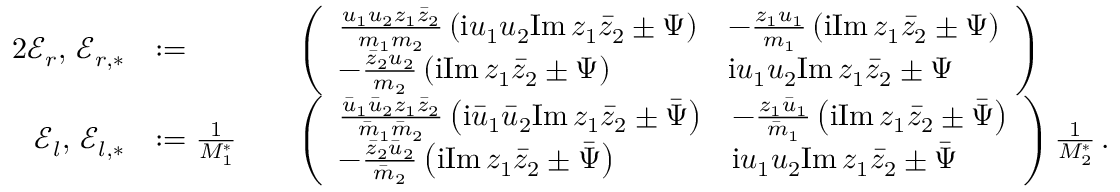
\begin{array} { r l r l } { { 2 } \mathcal { E } _ { r } , \, \mathcal { E } _ { r , * } } & { : = } & & { \left( \begin{array} { l l } { \frac { u _ { 1 } u _ { 2 } z _ { 1 } \bar { z } _ { 2 } } { m _ { 1 } m _ { 2 } } \left( \mathrm { i } u _ { 1 } u _ { 2 } \mathrm { I m } \, z _ { 1 } \bar { z } _ { 2 } \pm \Psi \right) } & { - \frac { z _ { 1 } u _ { 1 } } { m _ { 1 } } \left( \mathrm { i } \mathrm { I m } \, z _ { 1 } \bar { z } _ { 2 } \pm \Psi \right) } \\ { - \frac { \bar { z } _ { 2 } u _ { 2 } } { m _ { 2 } } \left( \mathrm { i } \mathrm { I m } \, z _ { 1 } \bar { z } _ { 2 } \pm \Psi \right) } & { \mathrm { i } u _ { 1 } u _ { 2 } \mathrm { I m } \, z _ { 1 } \bar { z } _ { 2 } \pm \Psi } \end{array} \right) } \\ { \mathcal { E } _ { l } , \, \mathcal { E } _ { l , * } } & { : = \frac { 1 } { M _ { 1 } ^ { * } } } & & { \left( \begin{array} { l l } { \frac { \bar { u } _ { 1 } \bar { u } _ { 2 } z _ { 1 } \bar { z } _ { 2 } } { \bar { m } _ { 1 } \bar { m } _ { 2 } } \left( \mathrm { i } \bar { u } _ { 1 } \bar { u } _ { 2 } \mathrm { I m } \, z _ { 1 } \bar { z } _ { 2 } \pm \bar { \Psi } \right) } & { - \frac { z _ { 1 } \bar { u } _ { 1 } } { \bar { m } _ { 1 } } \left( \mathrm { i } \mathrm { I m } \, z _ { 1 } \bar { z } _ { 2 } \pm \bar { \Psi } \right) } \\ { - \frac { \bar { z } _ { 2 } \bar { u } _ { 2 } } { \bar { m } _ { 2 } } \left( \mathrm { i } \mathrm { I m } \, z _ { 1 } \bar { z } _ { 2 } \pm \bar { \Psi } \right) } & { \mathrm { i } u _ { 1 } u _ { 2 } \mathrm { I m } \, z _ { 1 } \bar { z } _ { 2 } \pm \bar { \Psi } } \end{array} \right) \frac { 1 } { M _ { 2 } ^ { * } } \, . } \end{array}